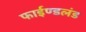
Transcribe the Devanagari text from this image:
फाईण्डलंड